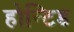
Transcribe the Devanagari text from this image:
होन्टिड